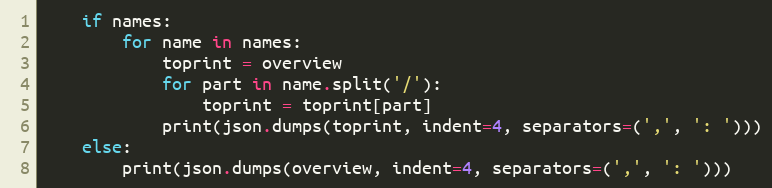
Language: Python
    if names:
        for name in names:
            toprint = overview
            for part in name.split('/'):
                toprint = toprint[part]
            print(json.dumps(toprint, indent=4, separators=(',', ': ')))
    else:
        print(json.dumps(overview, indent=4, separators=(',', ': ')))